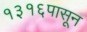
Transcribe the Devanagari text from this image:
१३१६पासून